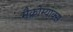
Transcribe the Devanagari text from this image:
मैक्रोम्याक्स